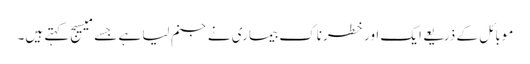
موبائل کے ذریعے ایک اور خطرناک بیماری نے جنم لیا ہے جسے میسیج کہتے ہیں۔